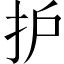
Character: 护